Report on the working of the mental hospitals for Indians in Bihar and Orissa - 1925-1929
Year: 1925
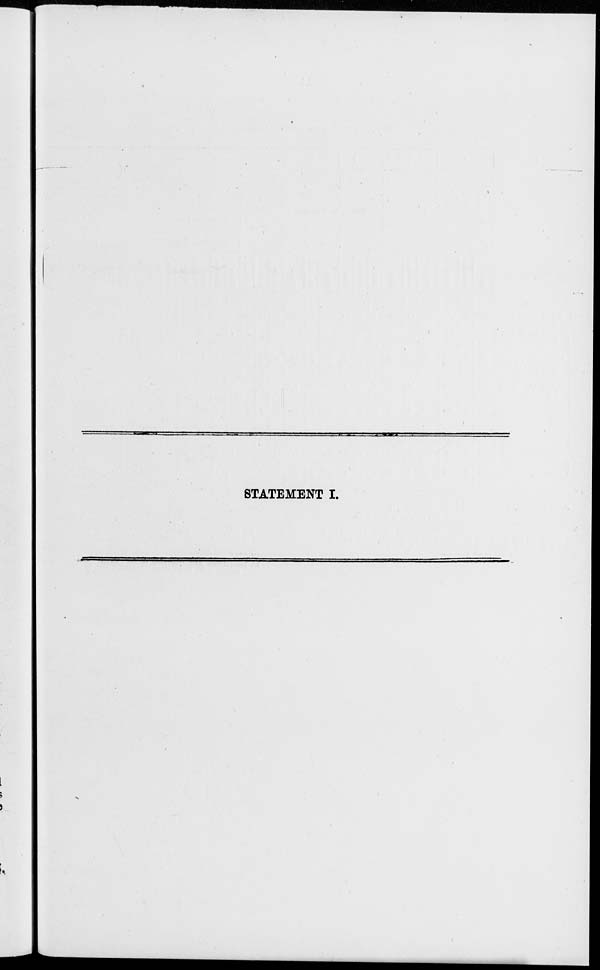
STATEMENT I.